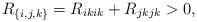
LaTeX: \begin{align*} R_{\{i,j,k\}}=R_{ikik}+R_{jkjk}>0, \end{align*}